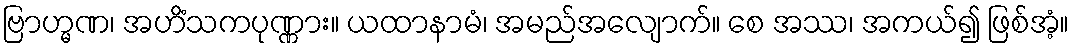
ဗြာဟ္မဏ၊ အဟိံသကပုဏ္ဏား။ ယထာနာမံ၊ အမည်အလျောက်။ စေ အဿ၊ အကယ်၍ ဖြစ်အံ့။